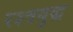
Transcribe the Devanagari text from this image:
रश्त्रयुद्ध